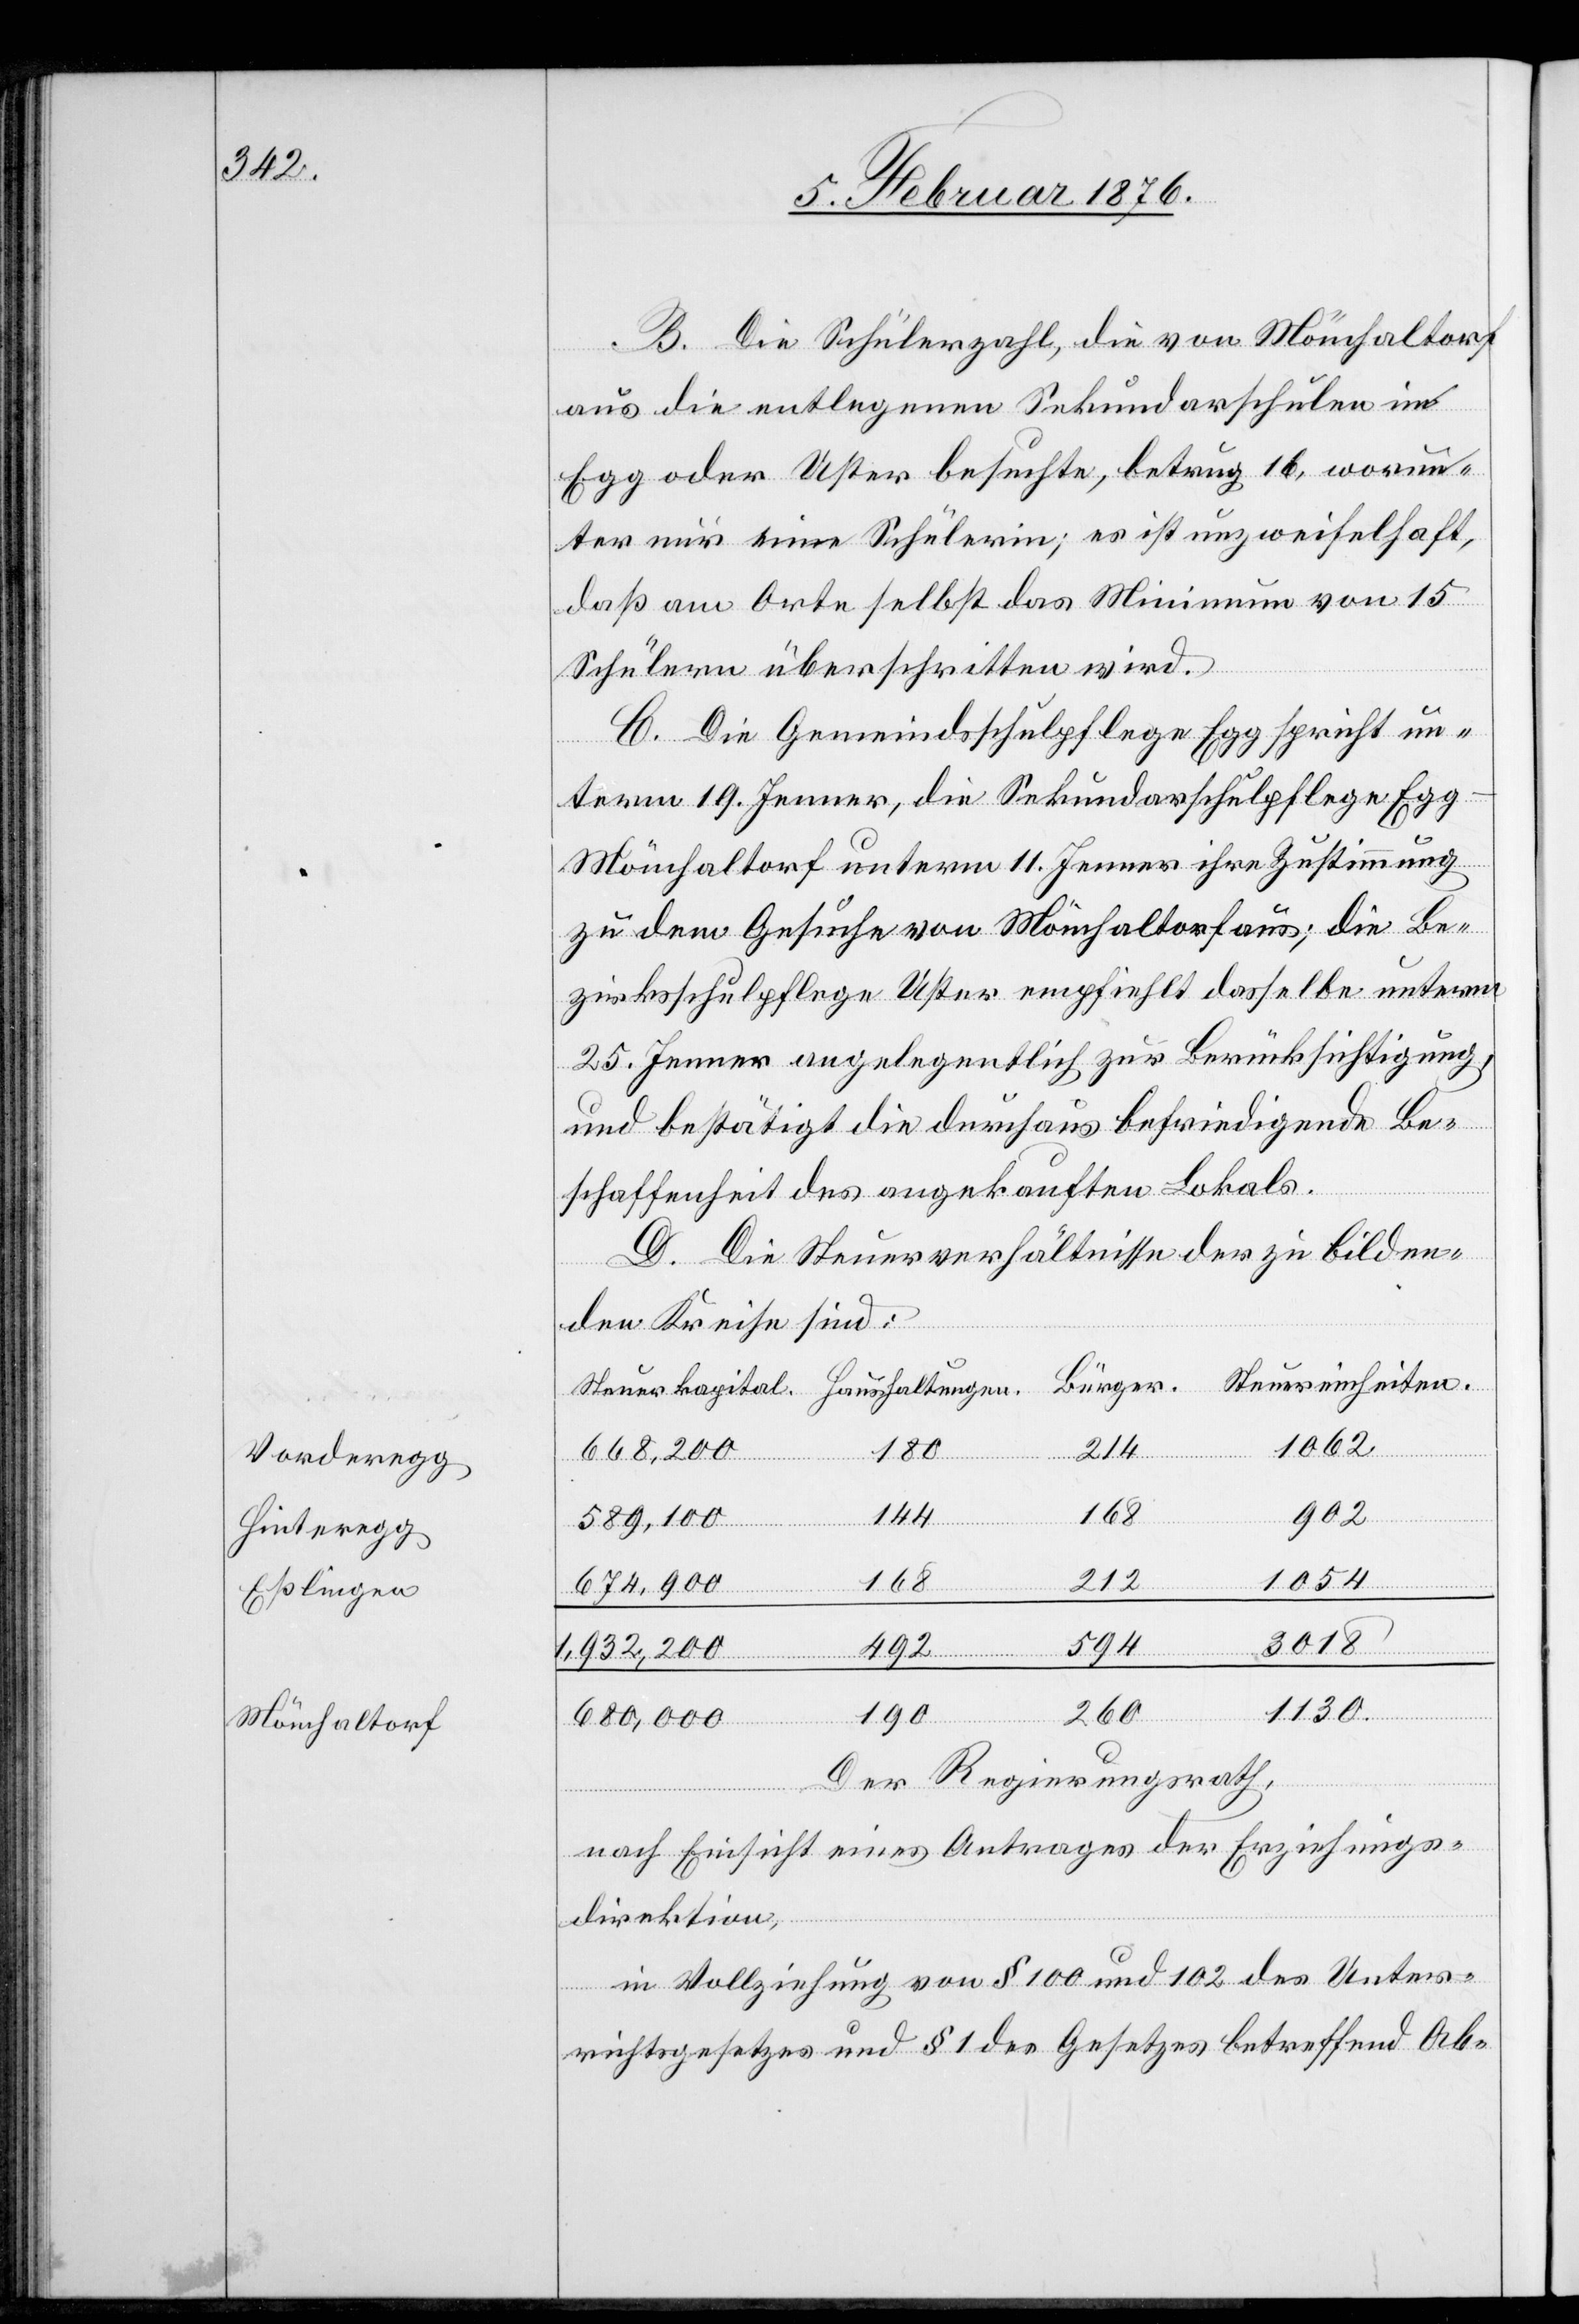
Vorderegg
Hinteregg
Eßlingen
Mönchaltorf

B. Die Schülerzahl, die von Mönchaltorf
aus die entlegenen Sekundarschulen in
Egg oder Uster besuchte, betrug 16, worun¬
ter nur eine Schülerin; es ist unzweifelhaft,
daß am Orte selbst das Minimum von 15
Schülern überschritten wird.
C. Die Gemeindsschulpflege Egg spricht un¬
term 19. Jenner, die Sekundarschulpflege Eg¬
g-Mönchaltorf unterm 11. Jenner ihre Zustimmung
zu dem Gesuche von Mönchaltorf aus; die Be¬
zirksschulpflege Uster empfiehlt dasselbe unterm
25. Jenner angelegentlich zur Berücksichtigung,
und bestätigt die durchaus befriedigende Be¬
schaffenheit des angekauften Lokals.
D. Die Steuerverhältnisse der zu bilden¬
den Kreise sind:
Steuereinheiten
1062
214
180
668,200
902
1054
168
212
674,900
3018
altungen
594
492
1,932,20
1130
680,000
Der Regierungsrath,
Haush¬
nach Einsicht eines Antrages der Erziehungs¬
Bürger
direktion,
in Vollziehung von § 100 und 102 des Unter¬
richtsgesetzes und § 1 des Gesetztes betreffend Ab-